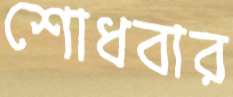
শোধবার